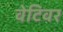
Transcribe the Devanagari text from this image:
वेटिवर